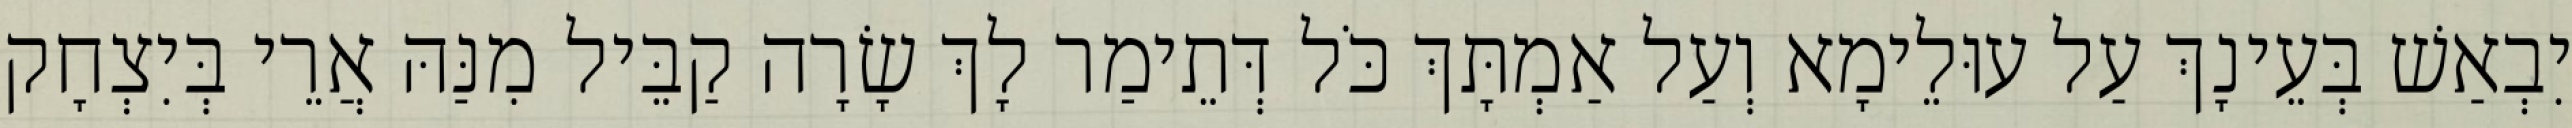
יִבְאַשׁ בְּעֵינָךְ עַל עוּלֵימָא וְעַל אַמְתָּךְ כֹּל דְּתֵימַר לָךְ שָׂרָה קַבֵּיל מִנַּהּ אֲרֵי בְּיִצְחָק